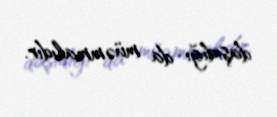
daşıdığı da müəmmalıdır.